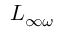
L _ { \infty \omega }